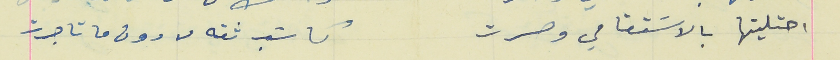
احتليتها بالاسَتقامي وصرت                                كاتب ثقه من دون ما تاجرت